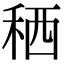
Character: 䄽